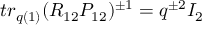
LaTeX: t r _ { q ( 1 ) } ( R _ { 1 2 } { \cal P } _ { 1 2 } ) ^ { \pm 1 } = q ^ { \pm 2 } I _ { 2 }